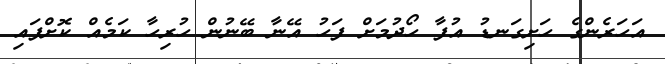
އަހަރެންގެ ހަށިގަނޑު އުފާ ހޯދުމަށް ފަހު އޭނާ ބޭނުން ހުރިހާ ކަމެއް ކޮށްފައި